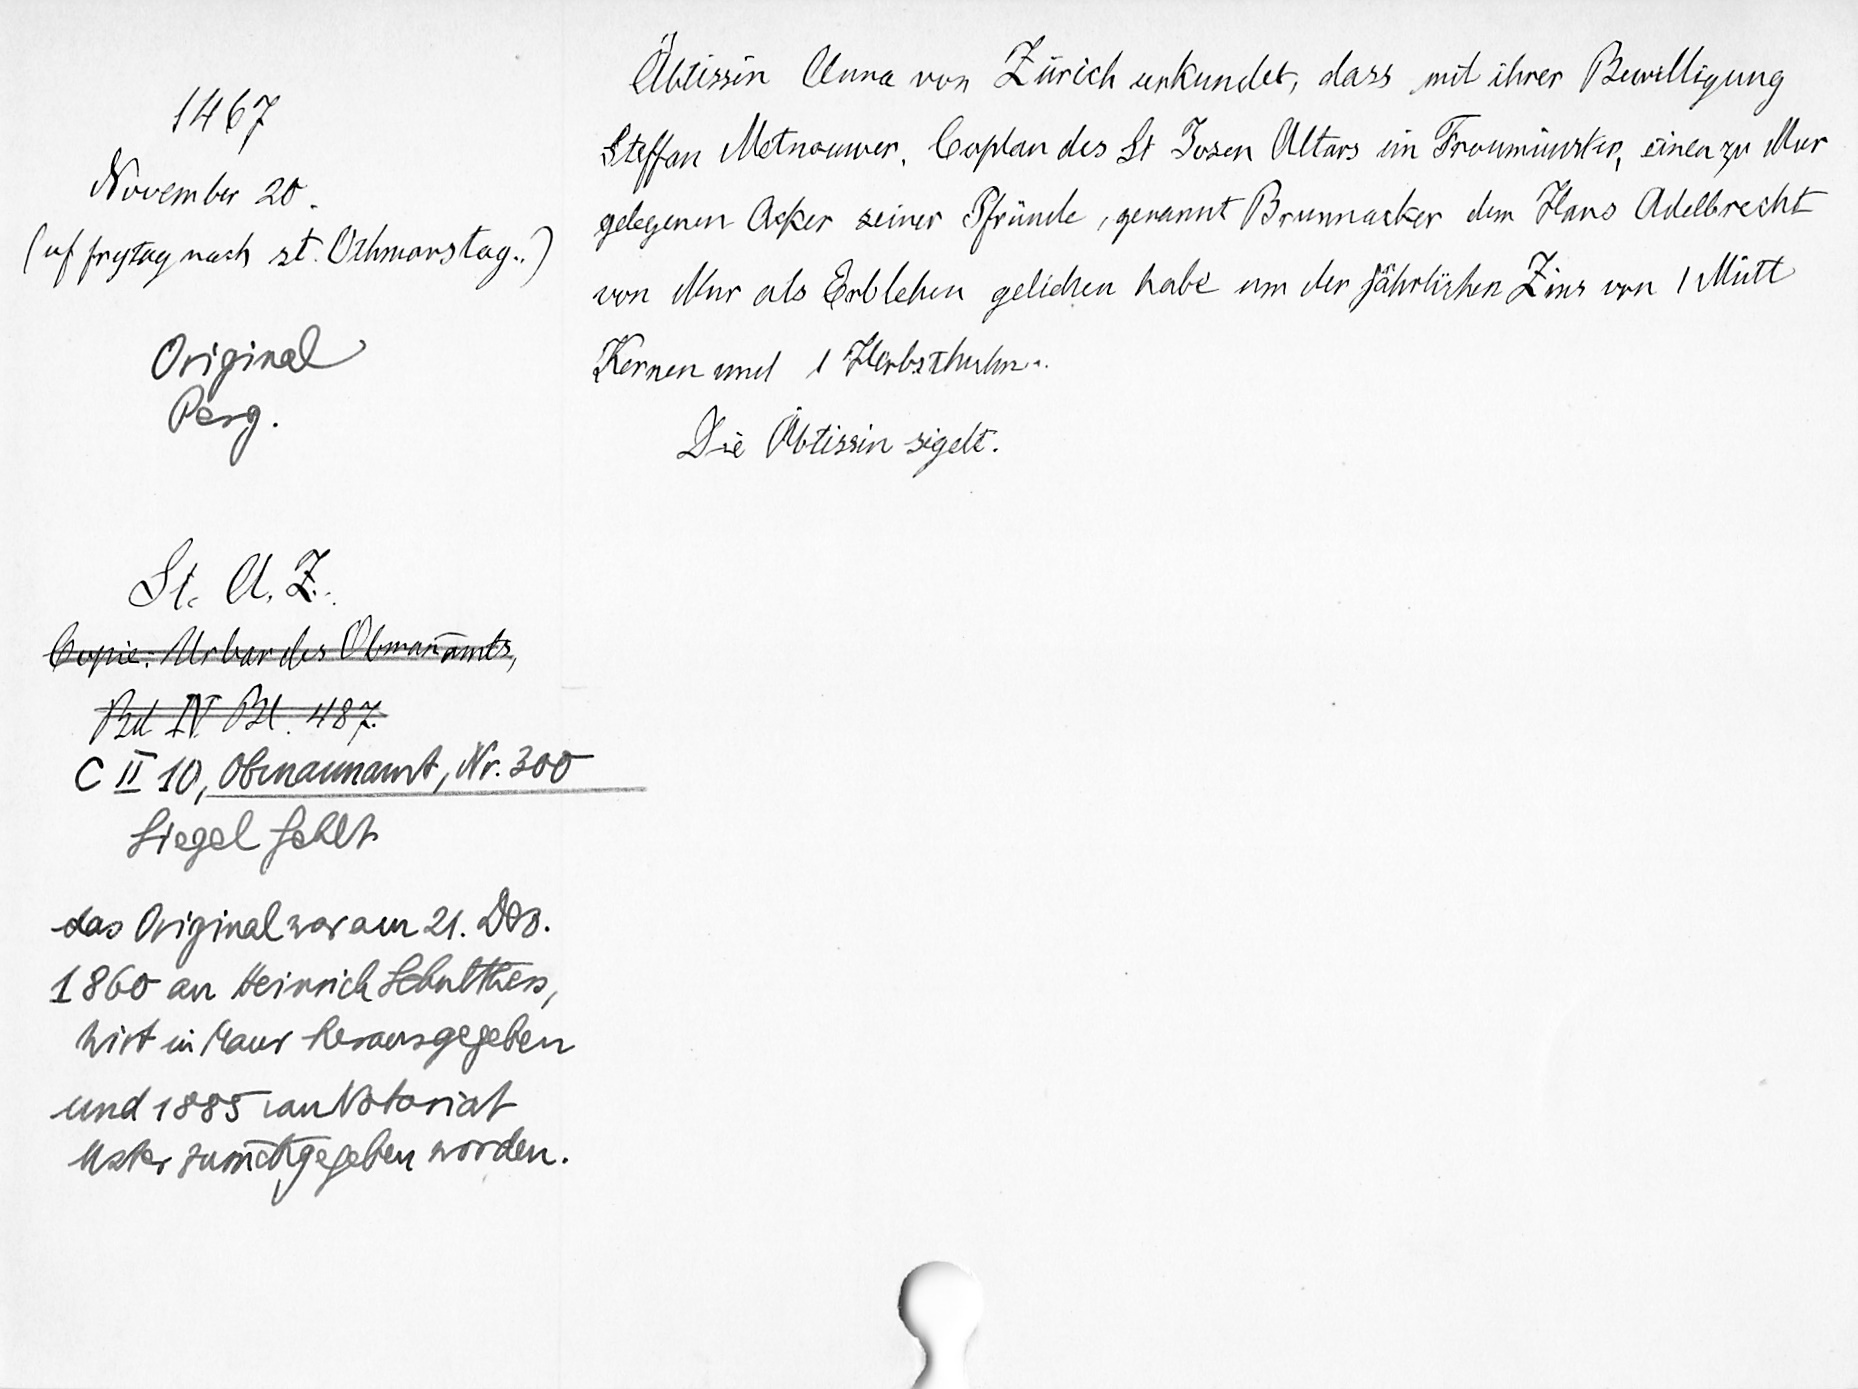
1467
November 20.
(uf frytag nach st. Othmarstag.)
Original
Perg.
St.A.Z.
Copie Urbar des Obman̄amts,
Bd IV. fol. 487.
C II 10, Obmannamt, Nr. 300
Siegel fehlt
das Original war am 21. Dez.
1860 an Heinrihc Schultheiss
Wirt in Maur herausgegeben
und 1885 von Notariat
Uster zurückgegeben worden.

Äbtissin Anna von Zürich urkundet, dass mit ihrer Bewilligung
Stefan Metnouwer, Caplan des St. Josen Altars im Fraumünster, einen zu Mur
gelegenen Acker seiner Pfründe, genannt Brunnacker dem Hans Adelbrecht
von Mur als Erblehen gelichen habe um der jährlichen Zins von 1 Mütt
Kernnen und 1 Herbsthuhn.
Die Äbtissin sigelt.